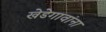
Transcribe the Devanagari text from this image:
खेडेगावांना